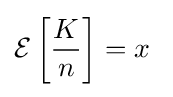
\operatorname {\mathcal {E}} \left[{\frac {K}{n}}\right]=x\